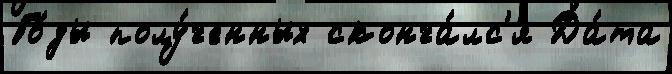
Го́ды полу́ченных сконча́лс'я Да́та